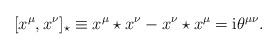
LaTeX: \begin{align*}[x^\mu ,x^\nu ]_\star \equiv x^\mu \star x^\nu -x^\nu \star x^\mu = \mathrm{i} \theta^{\mu\nu} .\end{align*}